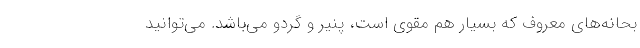
بحانه‌های معروف که بسیار هم مقوی است، پنیر و گردو می‌باشد. مي‌توانيد